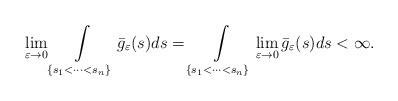
LaTeX: \begin{align*}\lim\limits_{\varepsilon\rightarrow 0} \int\limits_{\{s_1<\cdots< s_n\}} \bar{g}_\varepsilon(s) ds = \int\limits_{\{s_1<\cdots< s_n\}} \lim\limits_{\varepsilon\rightarrow 0} \bar{g}_\varepsilon(s) ds < \infty.\end{align*}